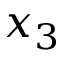
x _ { 3 }